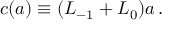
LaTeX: c ( a ) \equiv ( L _ { - 1 } + L _ { 0 } ) a \, .